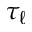
\tau _ { \ell }